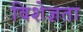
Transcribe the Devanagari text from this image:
विशेज्ञता